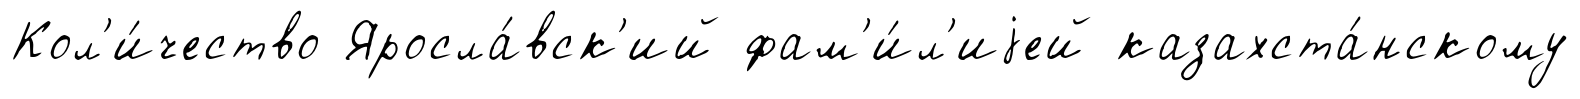
Кол'и́чество Яросла́вск'ий фам'и́л'иjей казахста́нскому